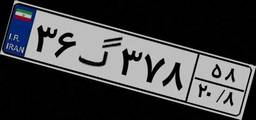
۰۲گ۷۴۸۵۷